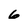
Character: 6